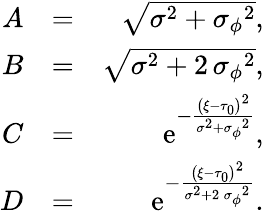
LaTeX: \begin{array}{rlr}{A}&{=}&{\sqrt{{\sigma}^{2}+{{\sigma_{\phi}}}^{2}},}\\ {B}&{=}&{\sqrt{{\sigma}^{2}+2\, {{\sigma_{\phi}}}^{2}},}\\ {C}&{=}&{{\mathrm{e}^{-{\frac{\left({\xi}-{\tau_{0}}\right)^{2}}{{\sigma}^{2}+{{\sigma_{\phi}}}^{2}}}}},}\\ {D}&{=}&{{\mathrm{e}^{-{\frac{\left({\xi}-{\tau_{0}}\right)^{2}}{{\sigma}^{2}+2\, {{\sigma_{\phi}}}^{2}}}}}.}\end{array}